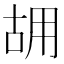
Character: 𠳫